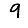
Digit: 9